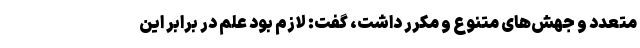
متعدد و جهش‌های متنوع و مکرر داشت، گفت: لازم بود علم در برابر این